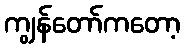
ကျွန်တော်ကတော့